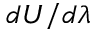
d U / d \lambda